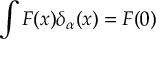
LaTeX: \int F ( x ) \delta _ { \alpha } ( x ) = F ( 0 )